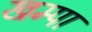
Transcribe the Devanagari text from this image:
खम्पा